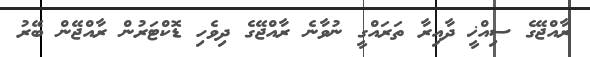
ރާއްޖޭގެ ސިއްޚީ ދާއިރާ ތަރައްގީ ނުވާނެ ރާއްޖޭގެ ދިވެހި ޑޮކްޓަރުން ރާއްޖޭން ބޭރު